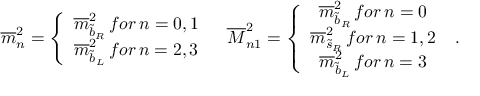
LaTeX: \begin{array} { c c } { { \overline { { { m } } } _ { n } ^ { 2 } = \left\{ \begin{array} { c } { { \overline { { { m } } } _ { \widetilde { b } _ { R } } ^ { 2 } \, f o r \, n = 0 , 1 } } \\ { { \overline { { { m } } } _ { \widetilde { b } _ { L } } ^ { 2 } \, f o r \, n = 2 , 3 } } \end{array} \right. } } & { { \overline { { { M } } } _ { n 1 } ^ { 2 } = \left\{ \begin{array} { c } { { \overline { { { m } } } _ { \widetilde { b } _ { R } } ^ { 2 } \, f o r \, n = 0 } } \\ { { \overline { { { m } } } _ { \widetilde { s } _ { R } } ^ { 2 } \, f o r \, n = 1 , 2 } } \\ { { \overline { { { m } } } _ { \widetilde { b } _ { L } } ^ { 2 } \, f o r \, n = 3 } } \end{array} \right. } } \end{array} .